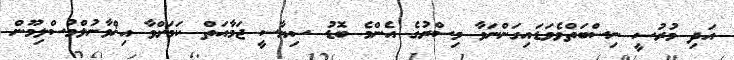
އަދި މުރުސީ ނިސްބަތްވެވަޑައިގަންނަވާ މިސްރުގެ އެންމެ ބޮޑު ސިޔާސީ ޖަމާއަތް ކަމަށްވާ އިޚްވާނުލްމުސްލިމޫން